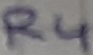
Text: R4